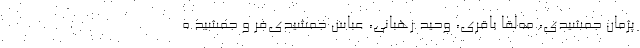
پژمان جمشیدی، مه‌لقا باقری، وحید رهبانی، عباس جمشیدی‌فر و جمشید ه